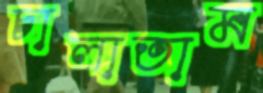
চালাতাম